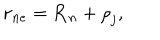
LaTeX: { \bf r } _ { n e } = { \bf R } _ { n } + { \bf \rho } _ { j } ,